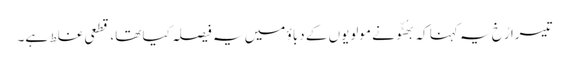
تیسرا رُخ یہ کہنا کہ بھُٹّو نے مولویوں کے دباؤ میں یہ فیصلہ کیا تھا، قطعی غلط ہے۔